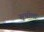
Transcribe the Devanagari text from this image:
सूचीला